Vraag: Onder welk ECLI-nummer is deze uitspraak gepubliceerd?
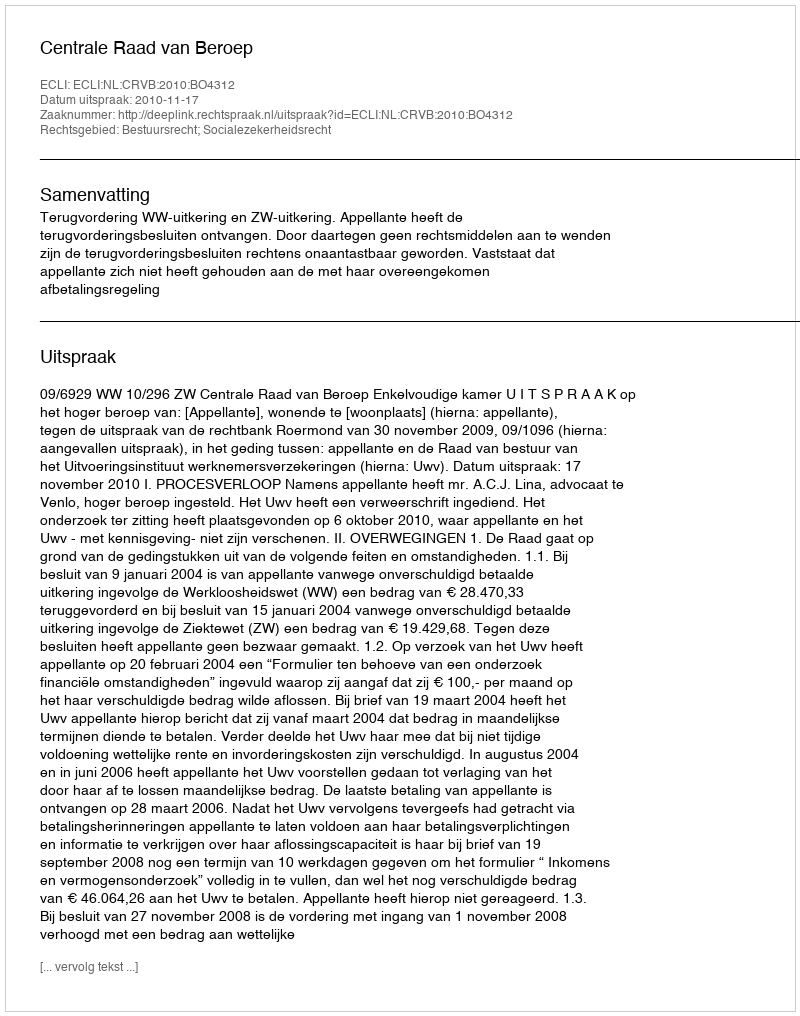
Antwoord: ECLI:NL:CRVB:2010:BO4312